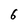
Character: 6